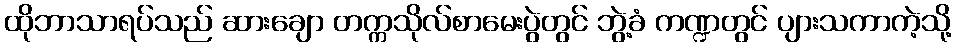
ထိုဘာသာရပ်သည် ဆားချော တက္ကသိုလ်စာမေးပွဲတွင် ဘွဲ့ခံ ကဏ္ဍတွင် ပျားသကာကဲ့သို့